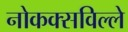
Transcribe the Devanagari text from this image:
नोकक्सविल्ले